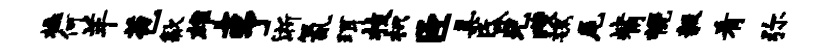
橇何羊苞歙雄亨淅氤珥枝枳臣具昏兄躞魏尾觜幌毅肴弥